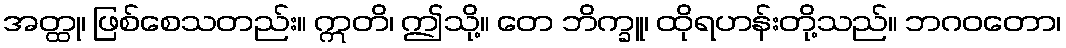
အတ္ထု၊ ဖြစ်စေသတည်း။ ဣတိ၊ ဤသို့။ တေ ဘိက္ခူ၊ ထိုရဟန်းတို့သည်။ ဘဂဝတော၊